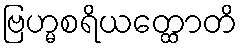
ဗြဟ္မစရိယတ္ထောတိ